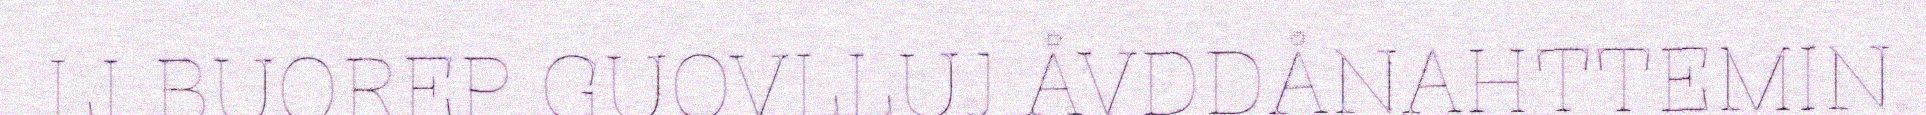
LI BUOREP GUOVLLUJ ÅVDDÅNAHTTEMIN.